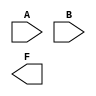
module greater_than (
    A, B, F
);

input [1:0] A, B;
output F;

// assign F = A > B;

    
endmodule